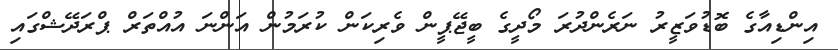
އިންޑިއާގެ ބޮޑުވަޒީރު ނަރެންދުރަ މޯދީގެ ބީޖޭޕީން ވެރިކަން ކުރަމުން އަންނަ އުއްތަރް ޕްރަދޭޝްގައި